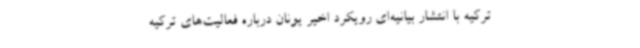
ترکیه با انتشار بیانیه‌ای رویکرد اخیر یونان درباره فعالیت‌های ترکیه